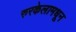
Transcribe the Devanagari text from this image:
रुरकेलामधून